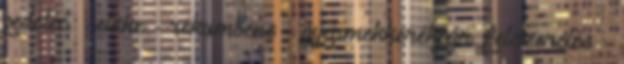
pedelec – ebike - rekumbens - gyermekkerékpár felszerelés -